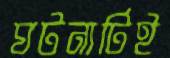
ঘটনাটিই